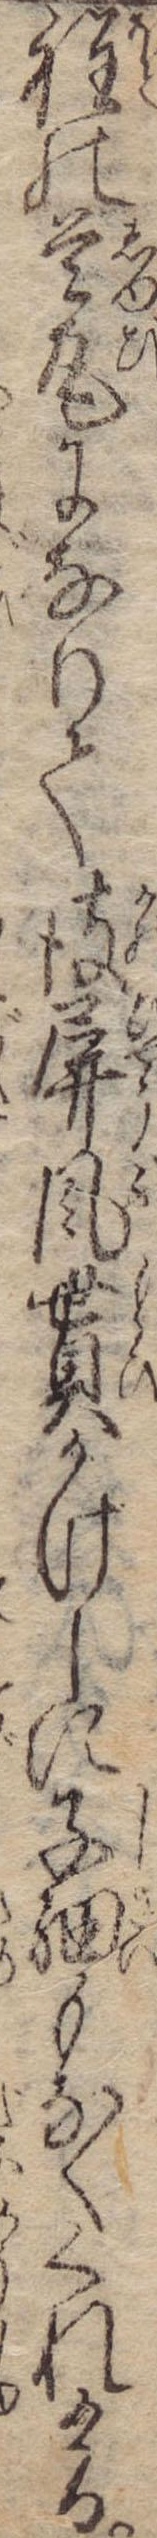
程の首尾になりて彼屏風貰かけしに子細もなくくれける